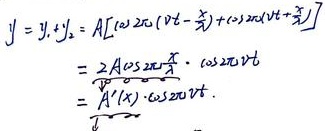
\[
\begin{align*}
y&=y_1 + y_2=A\left[\cos2\pi\left(\nu t-\frac{x}{\lambda}\right)+\cos2\pi\left(\nu t+\frac{x}{\lambda}\right)\right]\\
&=2A\cos2\pi\frac{x}{\lambda}\cdot\cos2\pi\nu t\\
&=A'(x)\cdot\cos2\pi\nu t
\end{align*}
\]